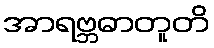
အာရဗ္ဘဓာတူတိ